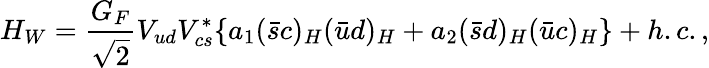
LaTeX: H_{W}=\frac{G_{F}}{\sqrt 2}V_{ud}V_{cs}^{*}\{ a_{1}(\bar{s}c)_{H}(\bar{u}d)_{H}+a_{2}(\bar{s}d)_{H}(\bar{u}c)_{H}\} +h.c.,